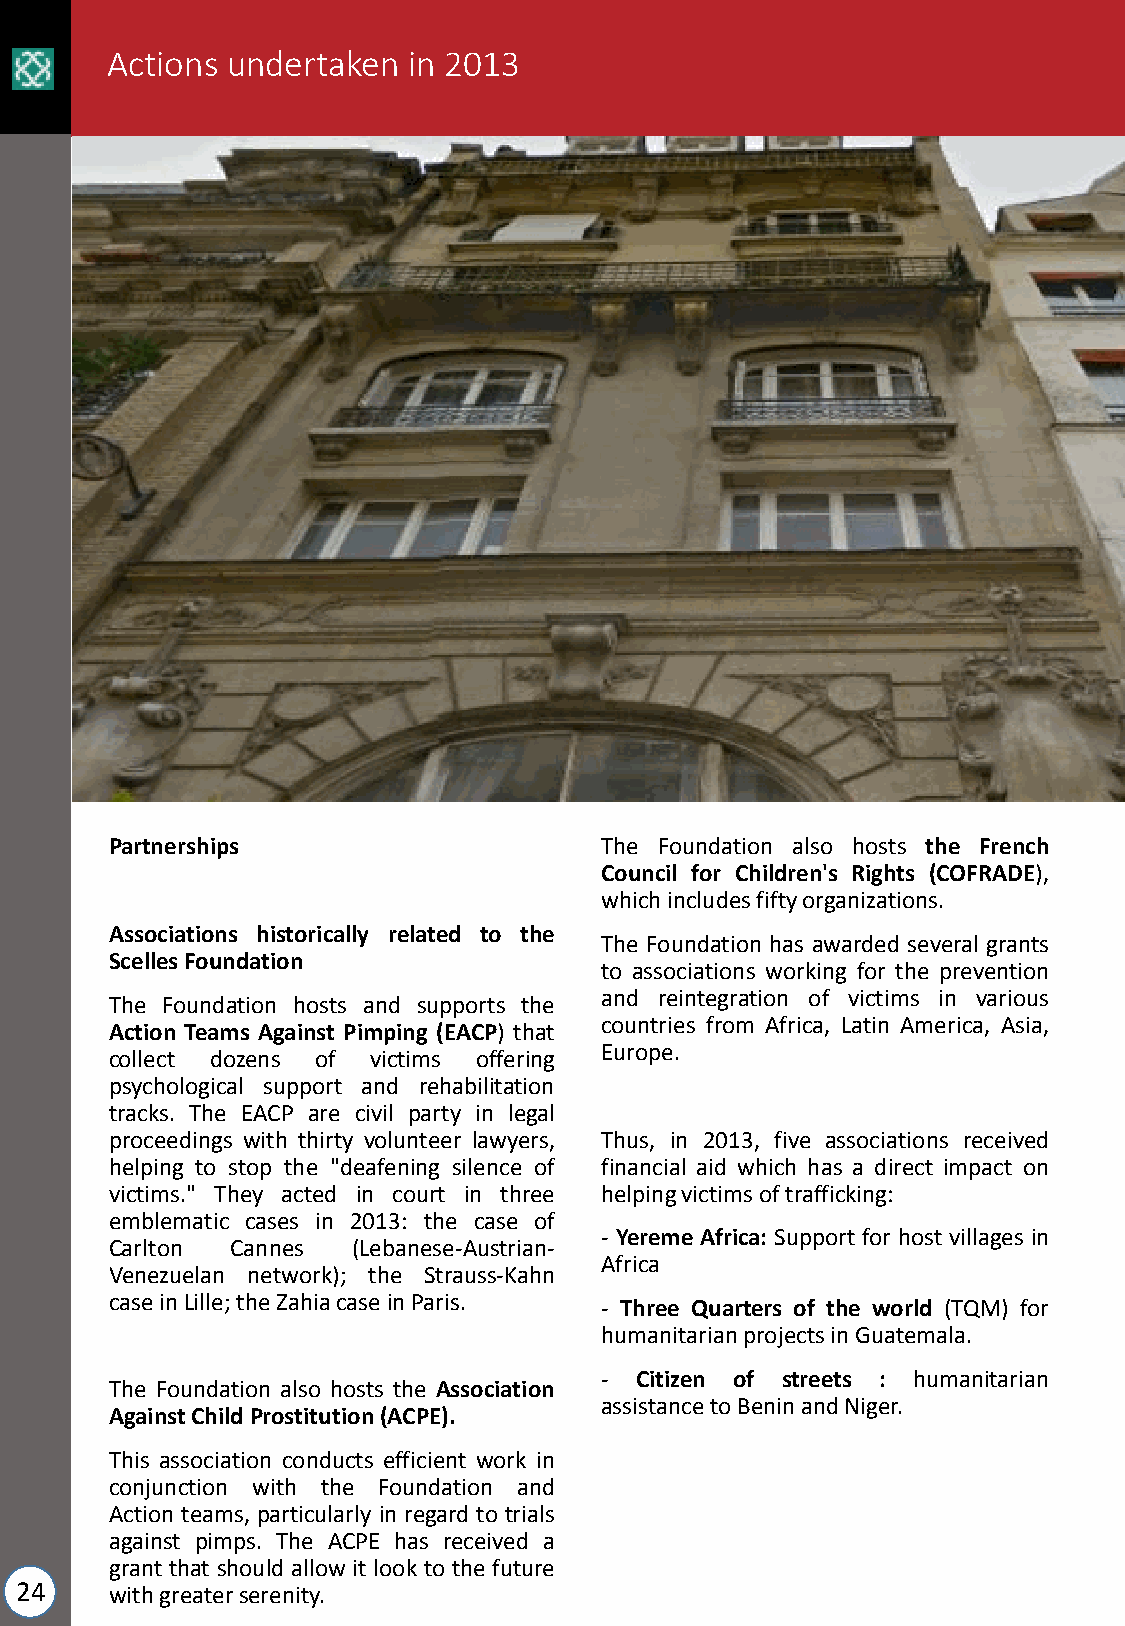
Actions undertaken  in 2013
 Partnerships                     The Foundation also hosts the French
 Council for Children's Rights (COFRADE),
 whichincludesfiftyorganizations.
 Associations historically related to the
 The Foundation has awarded several grants
 ScellesFoundation
 to associations working for the prevention
 and reintegration of victims in various
 The Foundation hosts and supports the
 countries from Africa, Latin America, Asia,
 Action Teams Against Pimping (EACP) that
 Europe.
 collect dozens of victims offering
 psychological support and rehabilitation
 tracks. The EACP are civil party in legal
 proceedings with thirty volunteer lawyers, Thus, in 2013, five associations received
 helping to stop the "deafening silence of financial aid which has a direct impact on
 victims." They acted in court in three helpingvictimsoftrafficking:
 emblematic cases in 2013: the case of
 - Yereme Africa: Support for host villages in
 Carlton Cannes  (Lebanese-Austrian-
 Africa
 Venezuelan network); the Strauss-Kahn
 caseinLille;theZahiacaseinParis. - Three Quarters of the world (TQM) for
 humanitarianprojectsinGuatemala.
 - Citizen of streets : humanitarian
 The Foundation also hosts the Association
 assistancetoBeninandNiger.
 AgainstChildProstitution(ACPE).
 This association conducts efficient work in
 conjunction with the Foundation and
 Action teams, particularly in regard to trials
 against pimps. The ACPE has received a
 grant that should allow it look to the future
 24    withgreaterserenity.